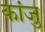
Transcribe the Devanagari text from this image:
कांजु